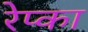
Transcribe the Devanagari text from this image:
रेप्का